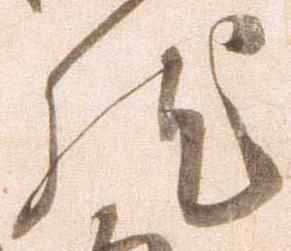
然